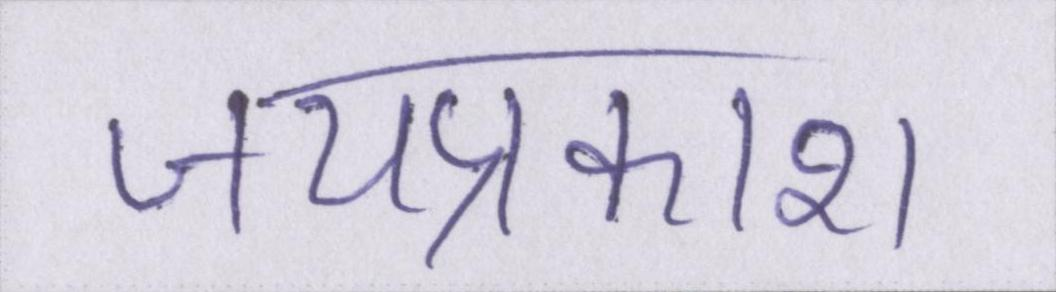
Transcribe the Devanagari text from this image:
जयप्रकाश